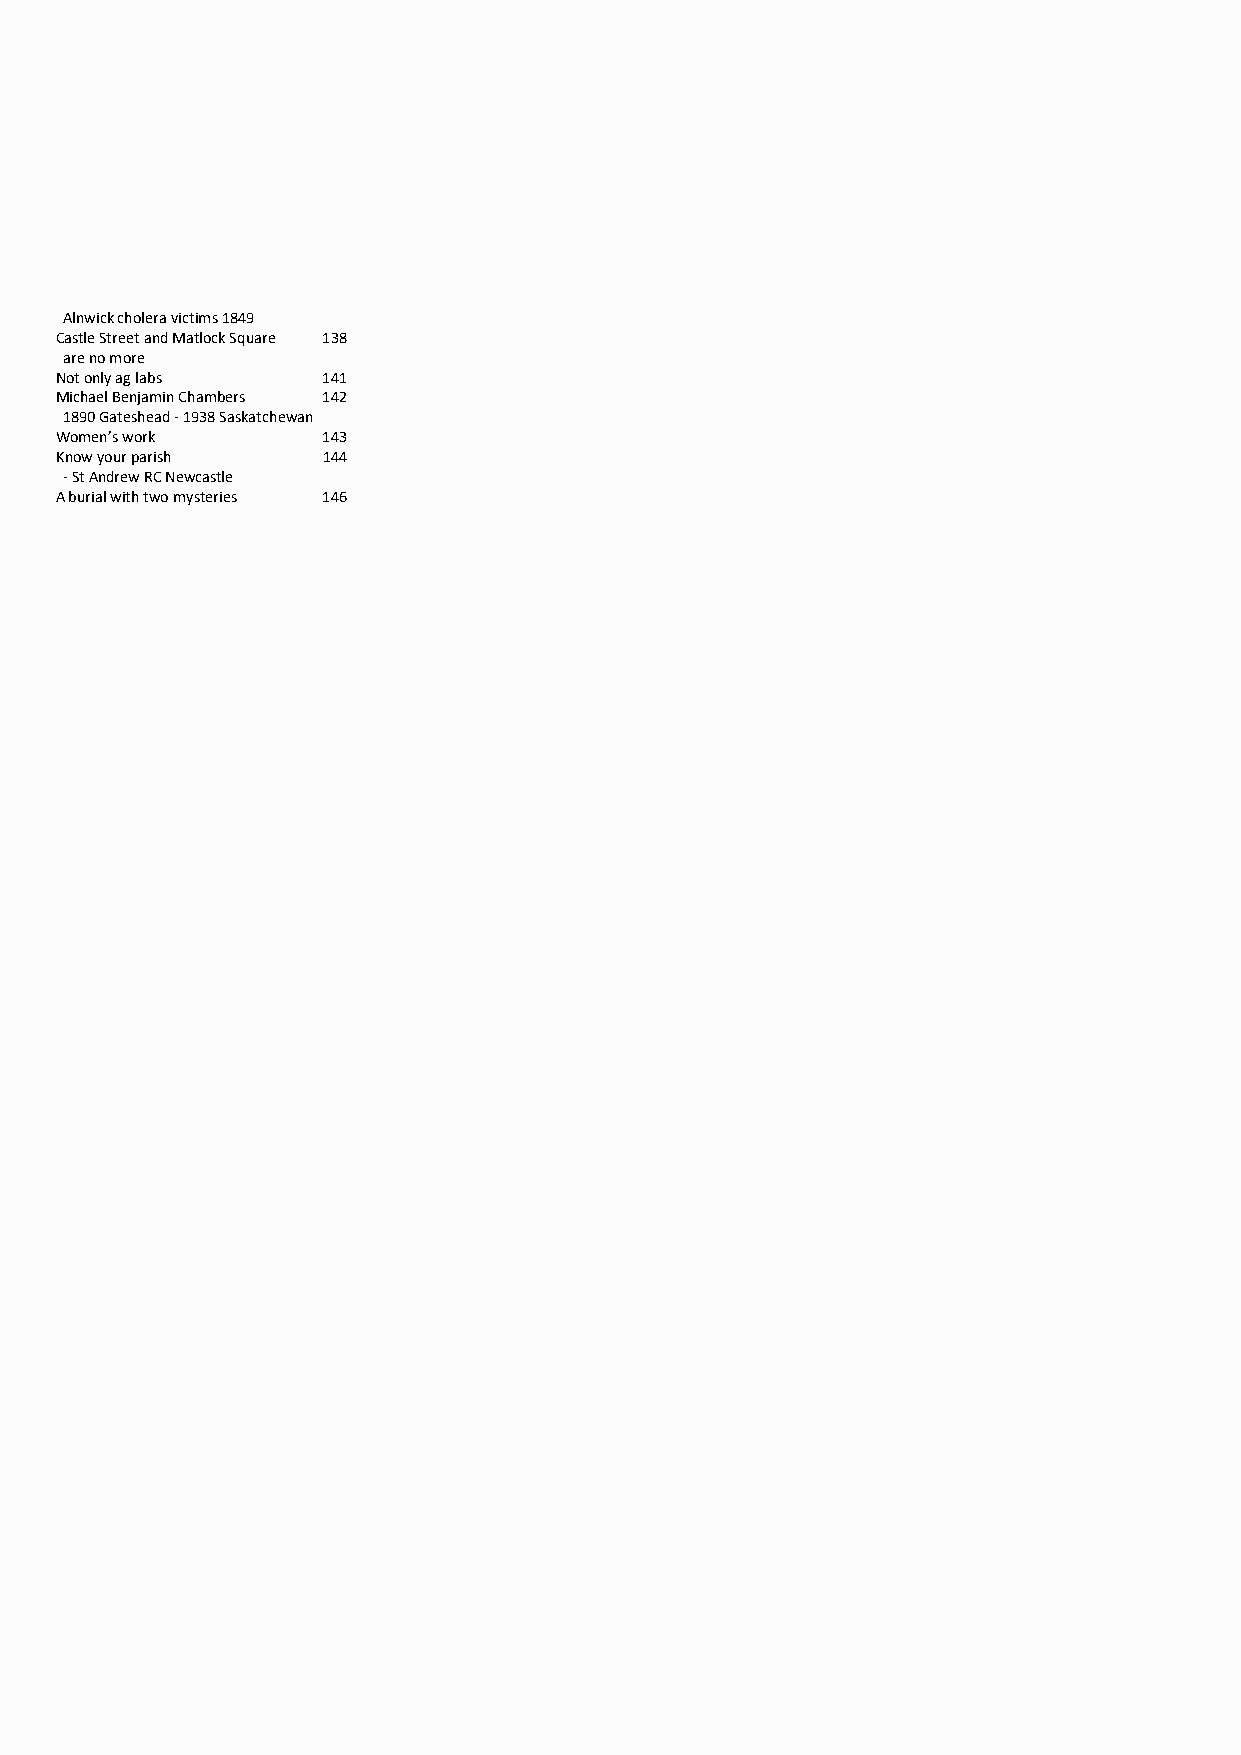
Alnwick cholera victims 1849
 Castle Street and Matlock Square 138
 are no more
 Not only ag labs 141
 Michael Benjamin Chambers 142
 1890 Gateshead - 1938 Saskatchewan
 Women’s work     143
 Know your parish 144
 - St Andrew RC Newcastle
 A burial with two mysteries 146